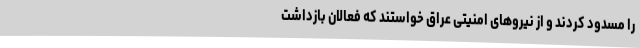
را مسدود کردند و از نیروهای امنیتی عراق خواستند که فعالان بازداشت